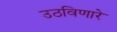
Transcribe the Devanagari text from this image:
उठविणारे